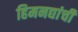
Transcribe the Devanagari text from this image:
हिमनद्यांची